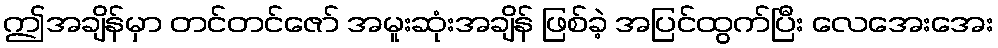
ဤအချိန်မှာ တင်တင်ဇော် အမူးဆုံးအချိန် ဖြစ်ခဲ့ အပြင်ထွက်ပြီး လေအေးအေး